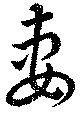
妻